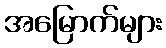
အမြောက်များ